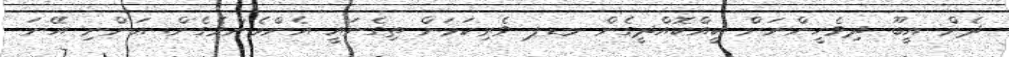
ދެން އީބޫ ދިވެހީންނަށް ކީއްކޮއްދީގެން މޑޕ ވެރިކަމަށް ތިގެނައީ އެންމެންވެގެން. އަންނި އޭނަ